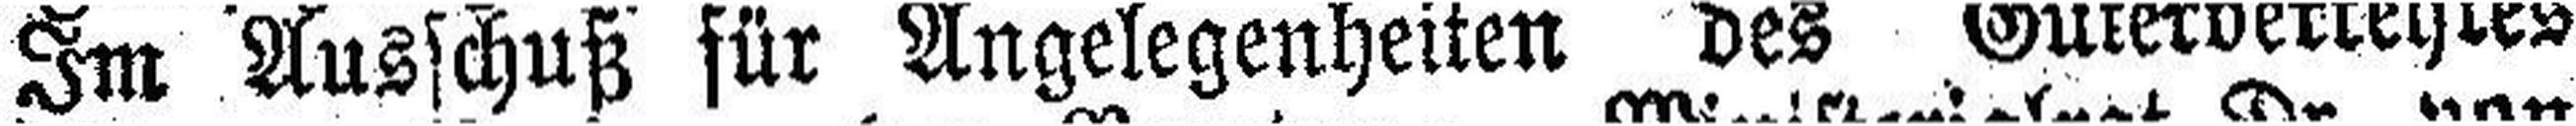
Im Ausschuß für Angelegenheiten des Güterverkehres